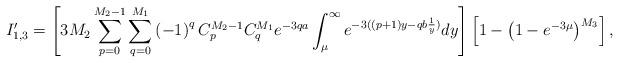
LaTeX: \begin{align*}I'_{1,3}=\left[3M_{2}\sum_{p=0}^{M_{2}-1}\sum_{q=0}^{M_{1}}\left(-1\right)^{q}C_{p}^{M_{2}-1}C_{q}^{M_{1}}e^{-3qa}\int_{\mu}^{\infty}e^{-3(\left(p+1\right)y-qb\frac{1}{y})}dy\right]\left[1-\left(1-e^{-3\mu}\right)^{M_{3}}\right],\end{align*}